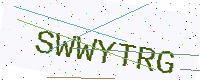
Text: SWWYTRG